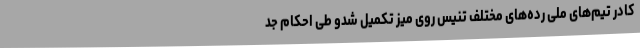
کادر تیم‌های ملی رده‌های مختلف تنیس روی میز تکمیل شدو طی احکام جد